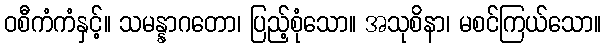
ဝစီကံကံနှင့်။ သမန္နာဂတော၊ ပြည့်စုံသော။ အသုစိနာ၊ မစင်ကြယ်သော။